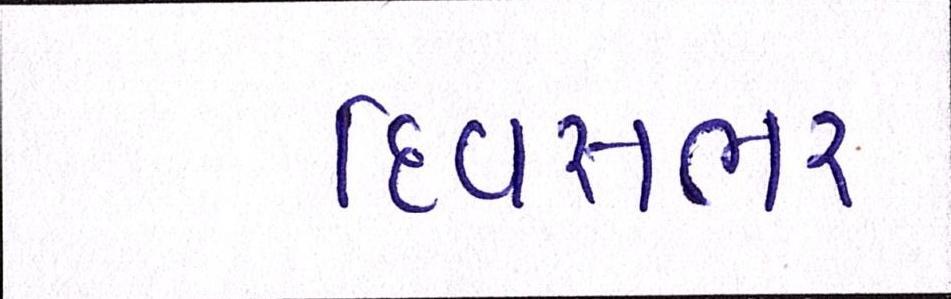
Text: દિવસભર